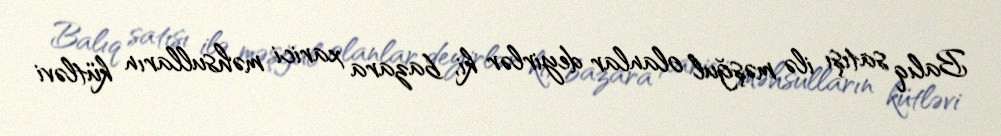
Balıq satışı ilə məşğul olanlar deyirlər ki, bazara xarici məhsulların kütləvi